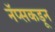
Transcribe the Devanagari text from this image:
नॅप्सकडून